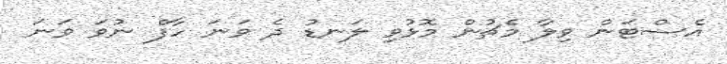
އެސްޓަން ވިލާ މެޗުން މޮޅުވި ލަނޑު ދެ ވަނަ ހާފް ނުވަ ވަނަ